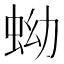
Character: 蚴